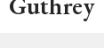
Guthrey